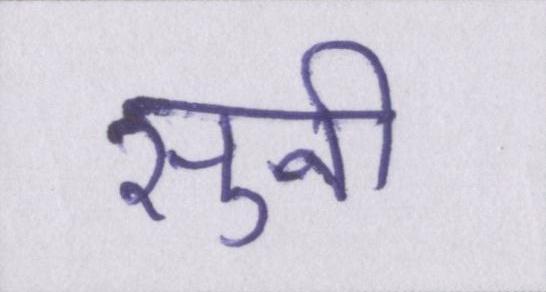
सुनी